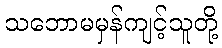
သဘောမမှန်ကျင့်သူတို့